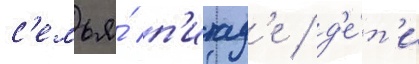
с'емья́ п'итад'е / д'е́т'и